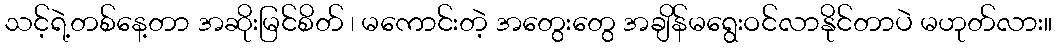
သင့်ရဲ့တစ်နေ့တာ အဆိုးမြင်စိတ် ၊ မကောင်းတဲ့ အတွေးတွေ အချိန်မရွေးဝင်လာနိုင်တာပဲ မဟုတ်လား။